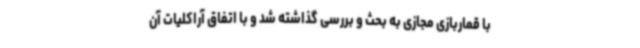
با قماربازی مجازی به بحث و بررسی گذاشته شد و با اتفاق آراکلیات آن